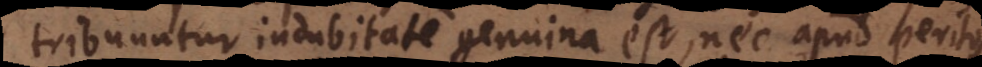
tribuuntur indubitate genuina est, nec apud peritos